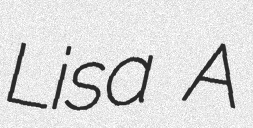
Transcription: Lisa A